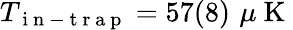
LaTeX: T_{\mathrm{~i~n~-~t~r~a~p~}}=57(8)\, \, \mu\mathrm{~K~}